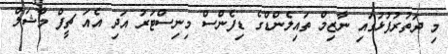
މި ދަތުރުފުޅުގައި ނާޒިމް ތައިލެންޑްގެ ޑިފެންސް މިނިސްޓަރު އަދި އެއަ ޗީފް މާޝަލް